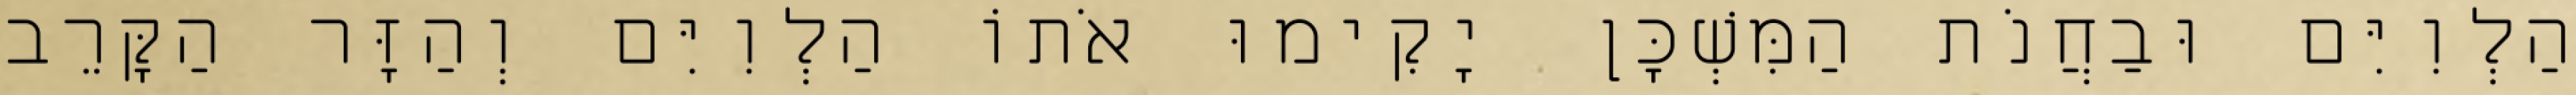
הַלְוִיִּם וּבַחֲנֹת הַמִּשְׁכָּן יָקִימוּ אֹתוֹ הַלְוִיִּם וְהַזָּר הַקָּרֵב